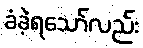
ခံခဲ့ရသော်လည်း